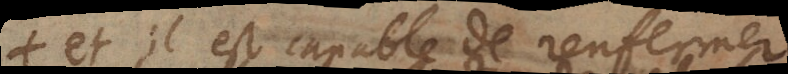
et il est capable de renfermer